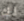
لك